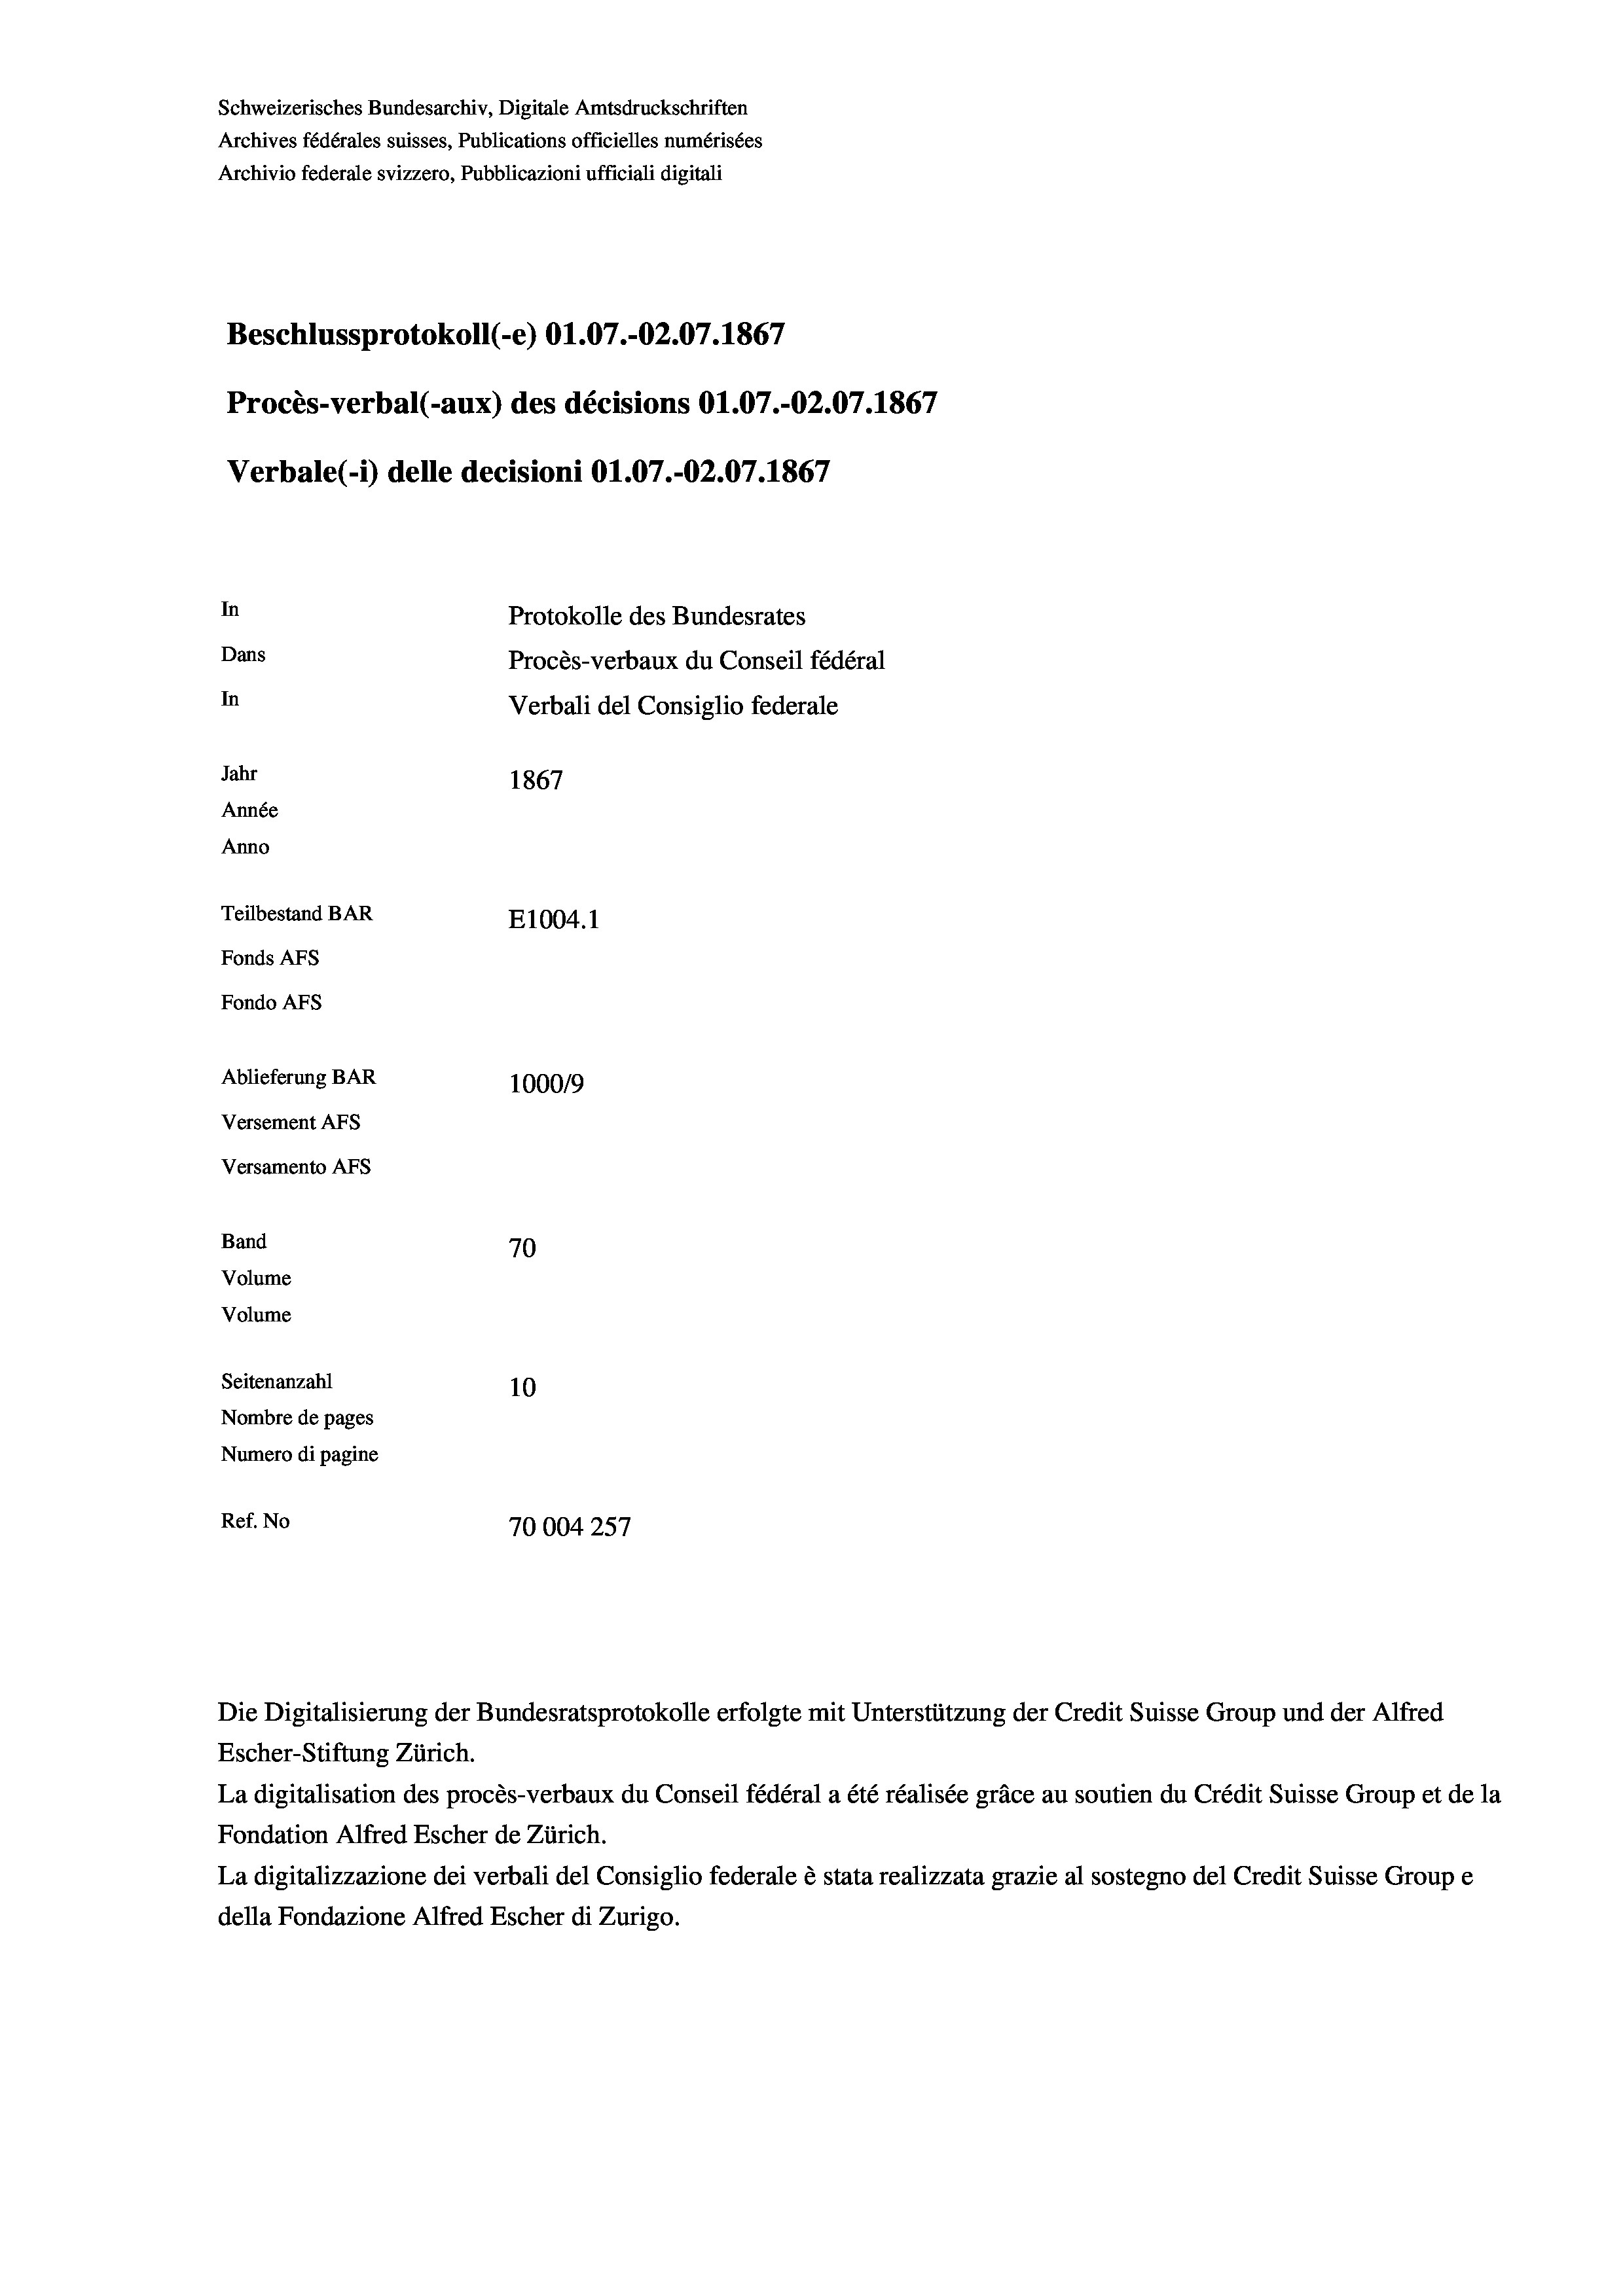
Beschlussprotokoll (e) O1.07.-O2.07. 1867
Procès-verbal (-aux) des décisions O1.07.-O2.07. 1867
Verbale (- 1) delle decisioni Ol.07.-02.07. 1867
In
Protokolle des Bundesrates
Dans
Procès-verbaux du Conseil fédéral
In
Verbali del Consiglio federale
Jahr
1867
Année
Anno
Teilbestand BAR
E1004.1
Fonds AFs
Fondo AFS
Ablieferung BAR
100019
Versement AFs
Versamento AFs

Band
Volume
Volume
Seitenanzahl

70
10
Nombre de pages
Numero di pagine
Ref. No
70004 257

Schweizerisches Bundesarchiv, Digitale Amtsdruckschriften
Archives fédérales suisses, Publications officielles numérisées
Archivio federale svizzero, Pubblicazioni ufficiali digitali

Escher-Stiftung Zürich.
La digitalisation des procès-verbaux du Conseil fédéral a été réalisée gräce au soutien du Crédit Suisse Group et de la
Fondation Alfred Escher de Zürich.
La digitalizzazione dei verbali del Consiglio federale è stata realizzata grazie al sostegno del Credit Suisse Groupe
della Fondazione Alfred Escher di Zurigo.

Die Digitalisierung der Bundesratsprotokolle erfolgte mit Unterstützung der Credit Suisse Group und der Alfred